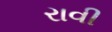
રાવી